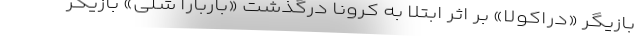
بازیگر «دراکولا» بر اثر ابتلا به کرونا درگذشت «باربارا شلی» بازیگر